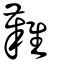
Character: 𩁘